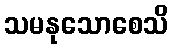
သမနုသောစေသိ